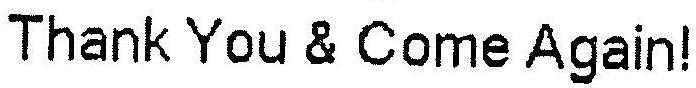
THANK YOU & COME AGAIN!